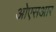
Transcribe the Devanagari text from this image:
ओएसआर